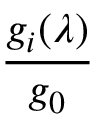
\frac { g _ { i } ( \lambda ) } { g _ { 0 } }